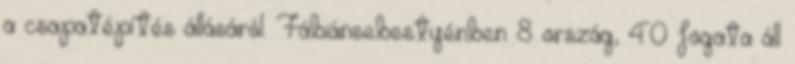
a csapatépítés állásáról. Fábiánsebestyénben 8 ország, 40 fogata áll